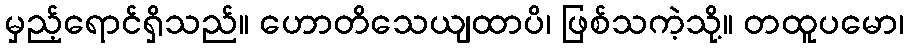
မှည့်ရောင်ရှိသည်။ ဟောတိသေယျထာပိ၊ ဖြစ်သကဲ့သို့။ တထူပမော၊